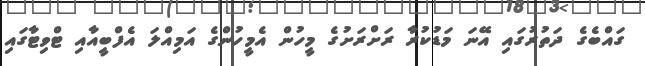
ގައްބެގެ ދަތުރުގައި އޭނަ މަޑުކުރާ ރަށްރަށުގެ މީހުން އެމީހުންގެ އަމިއްލަ އެފްބީއާއި ޓްވިޓާގައި